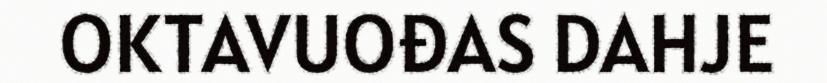
OKTAVUOĐAS DAHJE